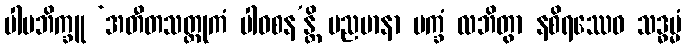
ပါပဘိက္ခူ ‘အတီတသတ္ထုကံ ပါဝစန’န္တိ မညမာနာ ပက္ခံ လဘိတွာ နစိရဿေဝ သဒ္ဓမ္မံ